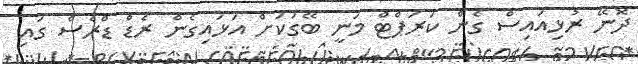
ދޮނޭ ރުޅިއައިސް ގެން ކަރަޕްޓް މަނީ ބޭގަކަށް އަޅައިގެން ރެޑް ޑްރެސް ގައި